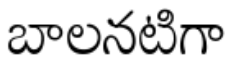
బాలనటిగా